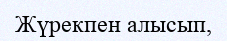
Жүрекпен алысып,